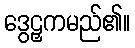
ဒွေဠှကမည်၏။